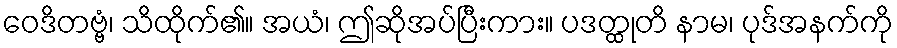
ဝေဒိတဗ္ဗံ၊ သိထိုက်၏။ အယံ၊ ဤဆိုအပ်ပြီးကား။ ပဒတ္ထုတိ နာမ၊ ပုဒ်အနက်ကို